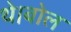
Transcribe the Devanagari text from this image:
थे।बोल